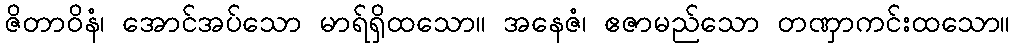
ဇိတာဝိနံ၊ အောင်အပ်သော မာရ်ရှိထသော။ အနေဇံ၊ ဧဇာမည်သော တဏှာကင်းထသော။